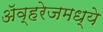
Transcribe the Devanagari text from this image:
ॲव्हरेजमध्ये